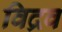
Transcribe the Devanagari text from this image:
विद्रव